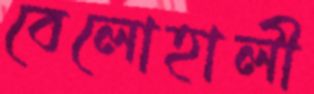
বেলোহালী